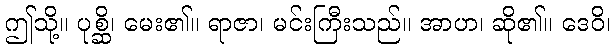
ဤသို့။ ပုစ္ဆိ၊ မေး၏။ ရာဇာ၊ မင်းကြီးသည်။ အာဟ၊ ဆို၏။ ဒေဝိ၊